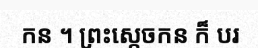
កន ។ ព្រះស្តេចកន ក៏ បរ